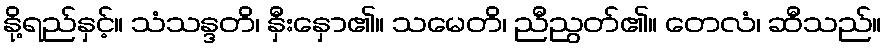
နို့ရည်နှင့်။ သံသန္ဒတိ၊ နှီးနှော၏။ သမေတိ၊ ညီညွတ်၏။ တေလံ၊ ဆီသည်။